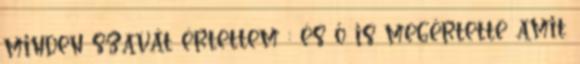
minden szavát értettem : és ő is megértette amit